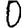
Digit: 0